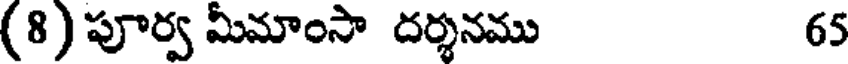
(8) పూర్వ మీమాంసా దర్శనము 65